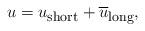
LaTeX: \begin{align*} u= u_{\mbox{\footnotesize short}} + \overline{u}_{\mbox{\footnotesize long}},\end{align*}